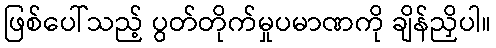
ဖြစ်ပေါ်သည့် ပွတ်တိုက်မှုပမာဏကို ချိန်ညှိပါ။